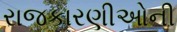
રાજકારણીઓની